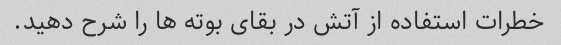
خطرات استفاده از آتش در بقای بوته ها را شرح دهید.